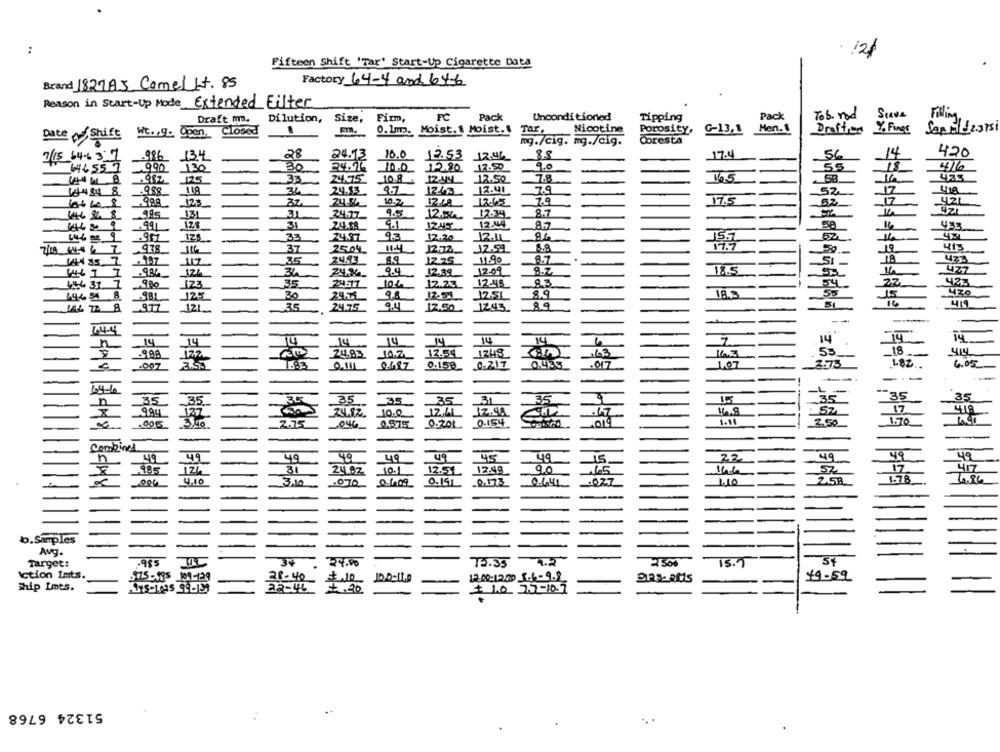
:
. 12/
Fifteen Shift 'Tar' Start-Up Cigarette Data
Factory 64-4 and 646
Brand 182785 ComeLit. 85
Reason in Start-Up Mode Extended Filter
Draft mm.
Dilution,
Size, Firm,
FC
Pack
Unconditioned
Tipping
Pack
Tob. rod
Stave
Filling
0.1mp. Moist. 1 Moist.
Tar.
Nicotine
Men.1
Y. FineE
Sap 1 2375
Closed
Porosity, G-13,1
Draffen
Date of Shift Wt ., 9. Open,
mg./cig. mg./cig.
Coresta
745_64-6 3'7
986 134
28
24.13
10.0.19658 12.462
88
17.4
56
14
420
30
9.0
55
18
416
46,551
9.90 130
10.0_ 12.80
17.50
33
24.75 10.8 4
12.44
12.50
7.8
16.5
412
.988
108
34
24.13
9.7
1263
12.41
7.9
52
66608
_988
125
32.
10.2
12.48
13.65
7.9
17.5
52
17
421
146 2 8
131
31
24.77
9.5
12,50
12.34
8.7
.99
31
24.38
9.1
12.44
8.7
58
33
24.81
93
12.20
12.10
978
37
2504
11-4
J2.72
12.59
6.8
17.7
. 197
112
35
24.93
8.9
12.25
119
8.7
St
14+ 35
124
9.4
12-09
8.7
18.5
1
34
12.39
446 31
9.Po
123
35
24-7
12.23
12-46
83
54
12.51
8.9
18.3
444 51
125
30
98
16
144 22 8
_9.77
121
.35
24.75
17.50 12.43
89
419
--
14
14
14
14
14
14
6
7
14
14
-9.99
24.85
10.2
12.54. 1248.
163
163
53
18
I .: 3 2011 0487 0.150 0-217 0483 .017
1.07
2.73
L8Z
6.05
-
-L.
35
35
.. 35
35
35
35. 35_
-35
31
9.94
16.8
17
4.18
1.11
2.50
1.70
2.75 046 0,875 0.201 0-154
-
Combined
49
49
49
49
45
49
15
22
49
49
17
985
31
24.02
12.51
12:48
9.0
465
14h
52
4.10
0.151
.0.173
1.10
25B
1.78
4.86
3.10
.070 06.09
2-641
-
b.Samples
Avg.
Target:
34 . 24.00
75.35
1.2
15.7
St
Action Ints.
$15-135 109-129
28-40 # 10 100-110
49.59
Ship Lmts.
115-1015 99-131
22-46 30
+ 10 7.7-10.7
51324 6768